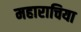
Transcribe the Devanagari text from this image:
महाराचिया